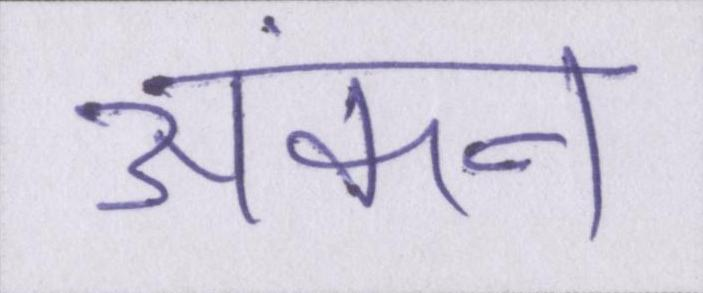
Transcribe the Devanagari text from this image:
अंकन